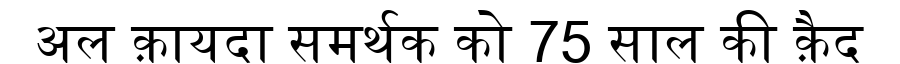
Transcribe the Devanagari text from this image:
अल क़ायदा समर्थक को 75 साल की क़ैद